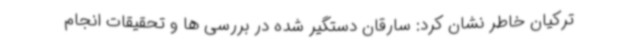
ترکیان خاطر نشان کرد: سارقان دستگیر شده در بررسی ها و تحقیقات انجام